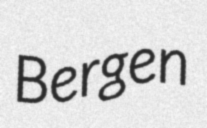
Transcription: Bergen